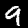
Label: 9